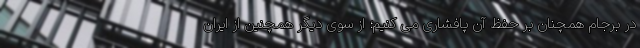
در برجام همچنان بر حفظ آن پافشاری می کنیم؛ از سوی دیگر همچنین از ایران